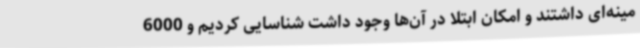
مینه‌ای داشتند و امکان ابتلا در آن‌ها وجود داشت شناسایی کردیم و 6000